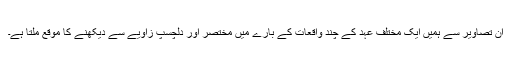
ان تصاویر سے ہمیں ایک مختلف عہد کے چند واقعات کے بارے میں مختصر اور دلچسپ زاویے سے دیکھنے کا موقع ملتا ہے۔